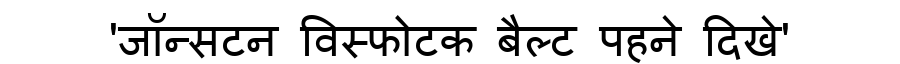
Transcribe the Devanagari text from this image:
'जॉन्सटन विस्फोटक बैल्ट पहने दिखे'